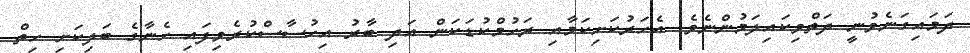
ދަމައިގަނެވުނީ ދަތްވިކައިލަމުންނެވެ. އެހަރުކަށިކަމާއި ރަހުމްކުޑަކަން އަދި ބާރު އިހުސާސްކުރެވިފައި ހެނާގެ ބަލިކަށި ހިތް